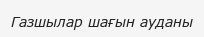
Газшылар шағын ауданы